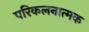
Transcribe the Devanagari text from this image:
परिकलनात्मक